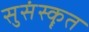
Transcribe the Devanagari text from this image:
सुसंस्कॄत